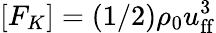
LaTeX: [F_{K}]=(1/2)\rho_{0}u_{\mathrm{ff}}^{3}